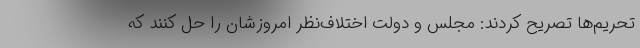
تحریم‌ها تصریح کردند: مجلس و دولت اختلاف‌نظر امروزشان را حل کنند که